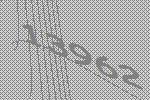
13962